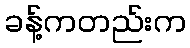
ခန့်ကတည်းက